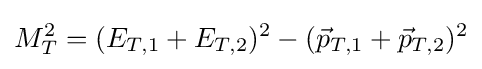
M_{T}^{2}=(E_{T,1}+E_{T,2})^{2}-({\vec {p}}_{T,1}+{\vec {p}}_{T,2})^{2}